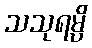
သသုရမ္ပိ